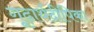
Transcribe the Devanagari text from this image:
गूढ़ार्थदीपिका